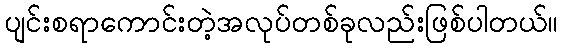
ပျင်းစရာကောင်းတဲ့အလုပ်တစ်ခုလည်းဖြစ်ပါတယ်။